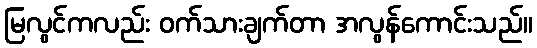
မြလွင်ကလည်း ဝက်သားချက်တာ အလွန်ကောင်းသည်။